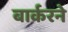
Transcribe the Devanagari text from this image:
बार्करने